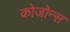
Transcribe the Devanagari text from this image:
कोजोन्स